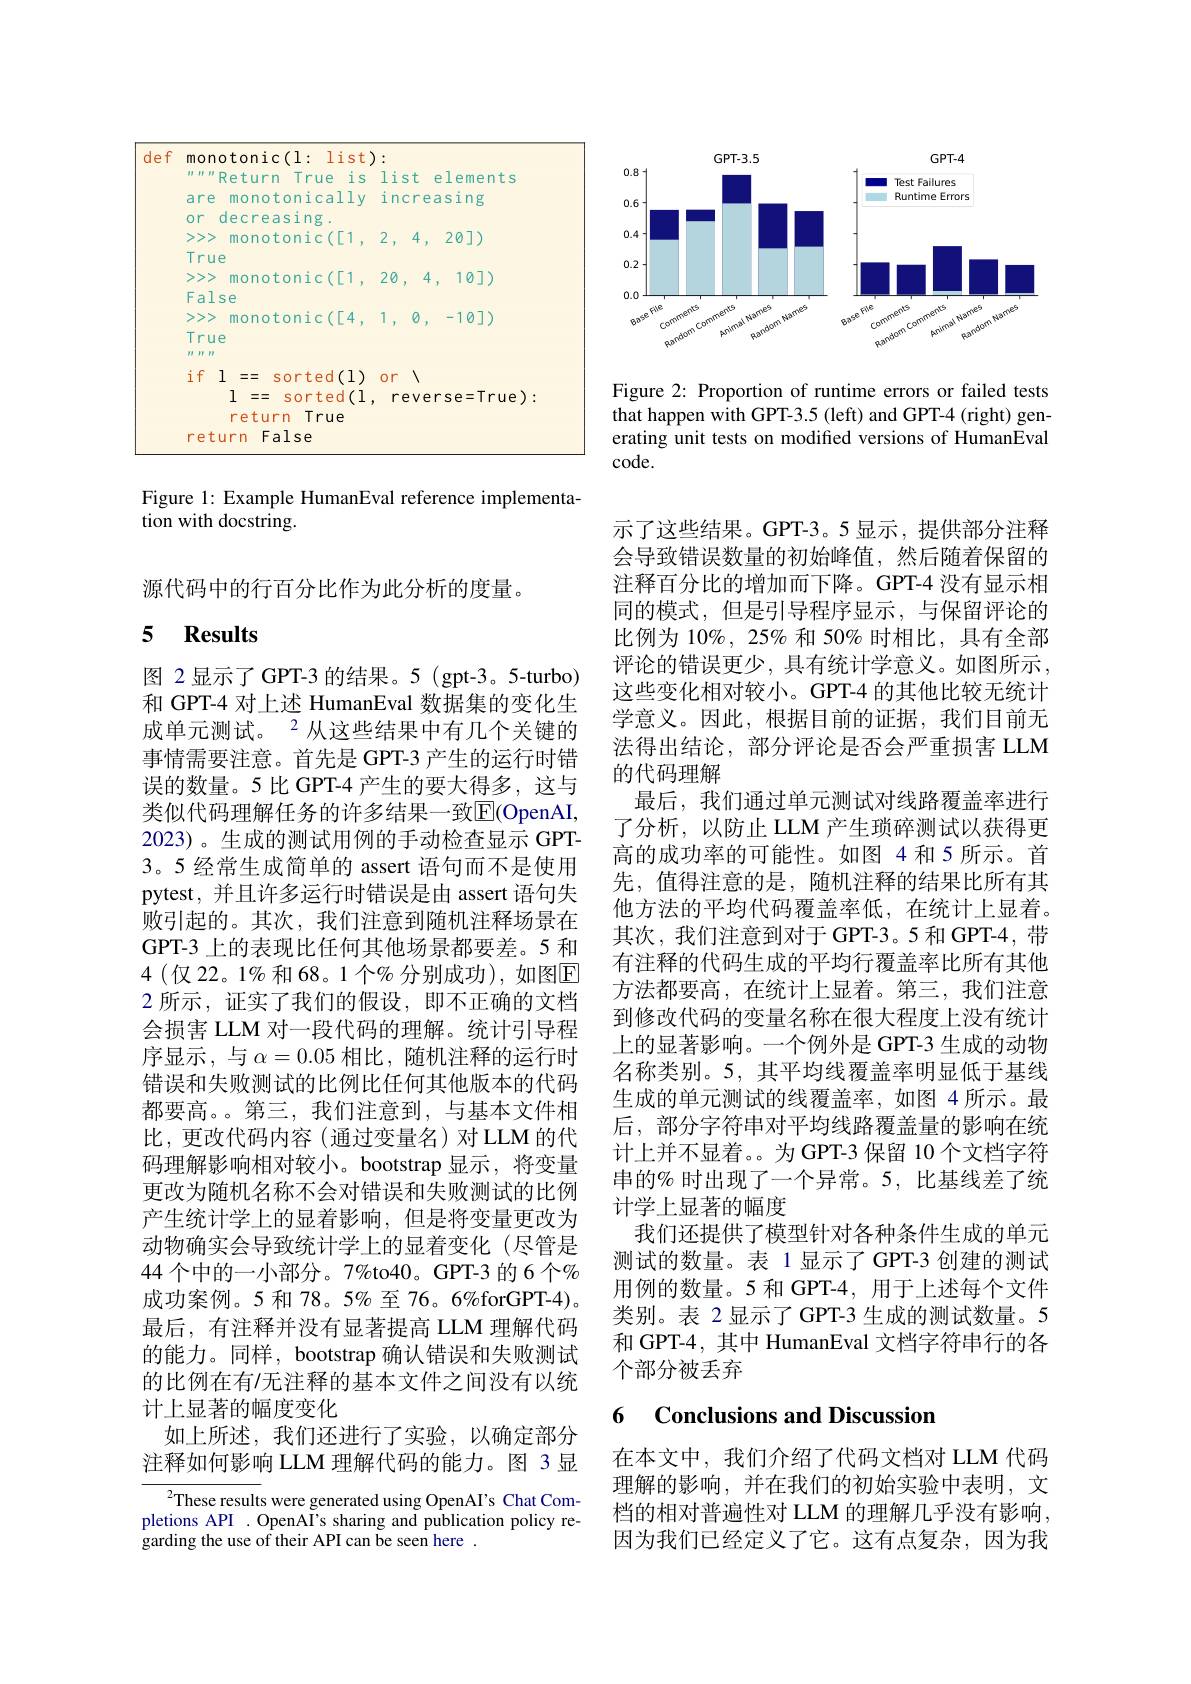
<FigureHere>

Figure 1: Example HumanEval reference implementa-
tion with docstring.

源代码中的行百分比作为此分析的度量。

### 5 $\textbf{Results}$

示了这些结果。GPT-3。5显示，提供部分注释会导致错误数量的初始峰值，然后随着保留的注释百分比的增加而下降。GPT-4 没有显示相同的模式，但是引导程序显示，与保留评论的比例为 10%, 25% 和 50% 时相比，具有全部评论的错误更少，具有统计学意义。如图所示， 这些变化相对较小。GPT-4 的其他比较无统计学意义。因此，根据目前的证据，我们目前无法得出结论，部分评论是否会严重损害 LLM 的代码理解
最后，我们通过单元测试对线路覆盖率进行了分析，以防止 LLM 产生琐碎测试以获得更高的成功率的可能性。如图 4 和 5 所示。首先，值得注意的是，随机注释的结果比所有其他方法的平均代码覆盖率低，在统计上显着。其次，我们注意到对于 GPT-3。5 和 GPT-4, 带有注释的代码生成的平均行覆盖率比所有其他方法都要高，在统计上显着。第三，我们注意到修改代码的变量名称在很大程度上没有统计上的显著影响。一个例外是 GPT-3 生成的动物名称类别。5,其平均线覆盖率明显低于基线生成的单元测试的线覆盖率，如图 4 所示。最后，部分字符串对平均线路覆盖量的影响在统计上并不显着。为 GPT-3 保留 10 个文档字符串的% 时出现了一个异常。5, 比基线差了统计学上显著的幅度
我们还提供了模型针对各种条件生成的单元测试的数量。表 1 显示了 GPT-3 创建的测试用例的数量。5 和 GPT-4, 用于上述每个文件类别。表 2 显示了 GPT-3 生成的测试数量。5和 GPT-4, 其中 HumanEval 文档字符串行的各个部分被丢弃

图 2显示了GPT-3 的结果。5 (gpt-3。5-turbo) 和 GPT-4 对上述 HumanEval 数据集的变化生成单元测试。2 从这些结果中有几个关键的事情需要注意。首先是 GPT-3 产生的运行时错误的数量。5 比 GPT-4 产生的要大得多，这与类似代码理解任务的许多结果一致$\overline{\mathrm{E}}($OpenAI, 2023)。生成的测试用例的手动检查显示 GPT- 3。5 经常生成简单的 assert 语句而不是使用pytest, 并且许多运行时错误是由 assert 语句失败引起的。其次，我们注意到随机注释场景在GPT-3 上的表现比任何其他场景都要差。5 和$4(仅22。1\%$和68。1个%分别成功$),如图\overline{\mathrm{E}}$ 2 所示，证实了我们的假设，即不正确的文档会损害 LLM 对一段代码的理解。统计引导程序显示，与$\alpha=0.05$相比，随机注释的运行时错误和失败测试的比例比任何其他版本的代码都要高。。第三，我们注意到，与基本文件相比，更改代码内容(通过变量名)对LLM 的代码理解影响相对较小。bootstrap 显示，将变量更改为随机名称不会对错误和失败测试的比例产生统计学上的显着影响，但是将变量更改为动物确实会导致统计学上的显着变化 (尽管是44 个中的一小部分。7%to40。GPT-3 的 6 个% 成功案例。5 和 78。5% 至 76。6%forGPT-4)。最后，有注释并没有显著提高 LLM 理解代码的能力。同样，bootstrap 确认错误和失败测试的比例在有/无注释的基本文件之间没有以统计上显著的幅度变化
如上所述，我们还进行了实验，以确定部分注释如何影响 LLM 理解代码的能力。图 3 显
${{^2}}$These results were generated using OpenAI's Chat Com-

### 6 Conclusions and Discussior

在本文中，我们介绍了代码文档对 LLM 代码理解的影响，并在我们的初始实验中表明，文档的相对普遍性对 LLM 的理解几乎没有影响， 因为我们已经定义了它。这有点复杂，因为我

pletions API . OpenAI's sharing and publication policy re-
garding the use of their API can be seen here .